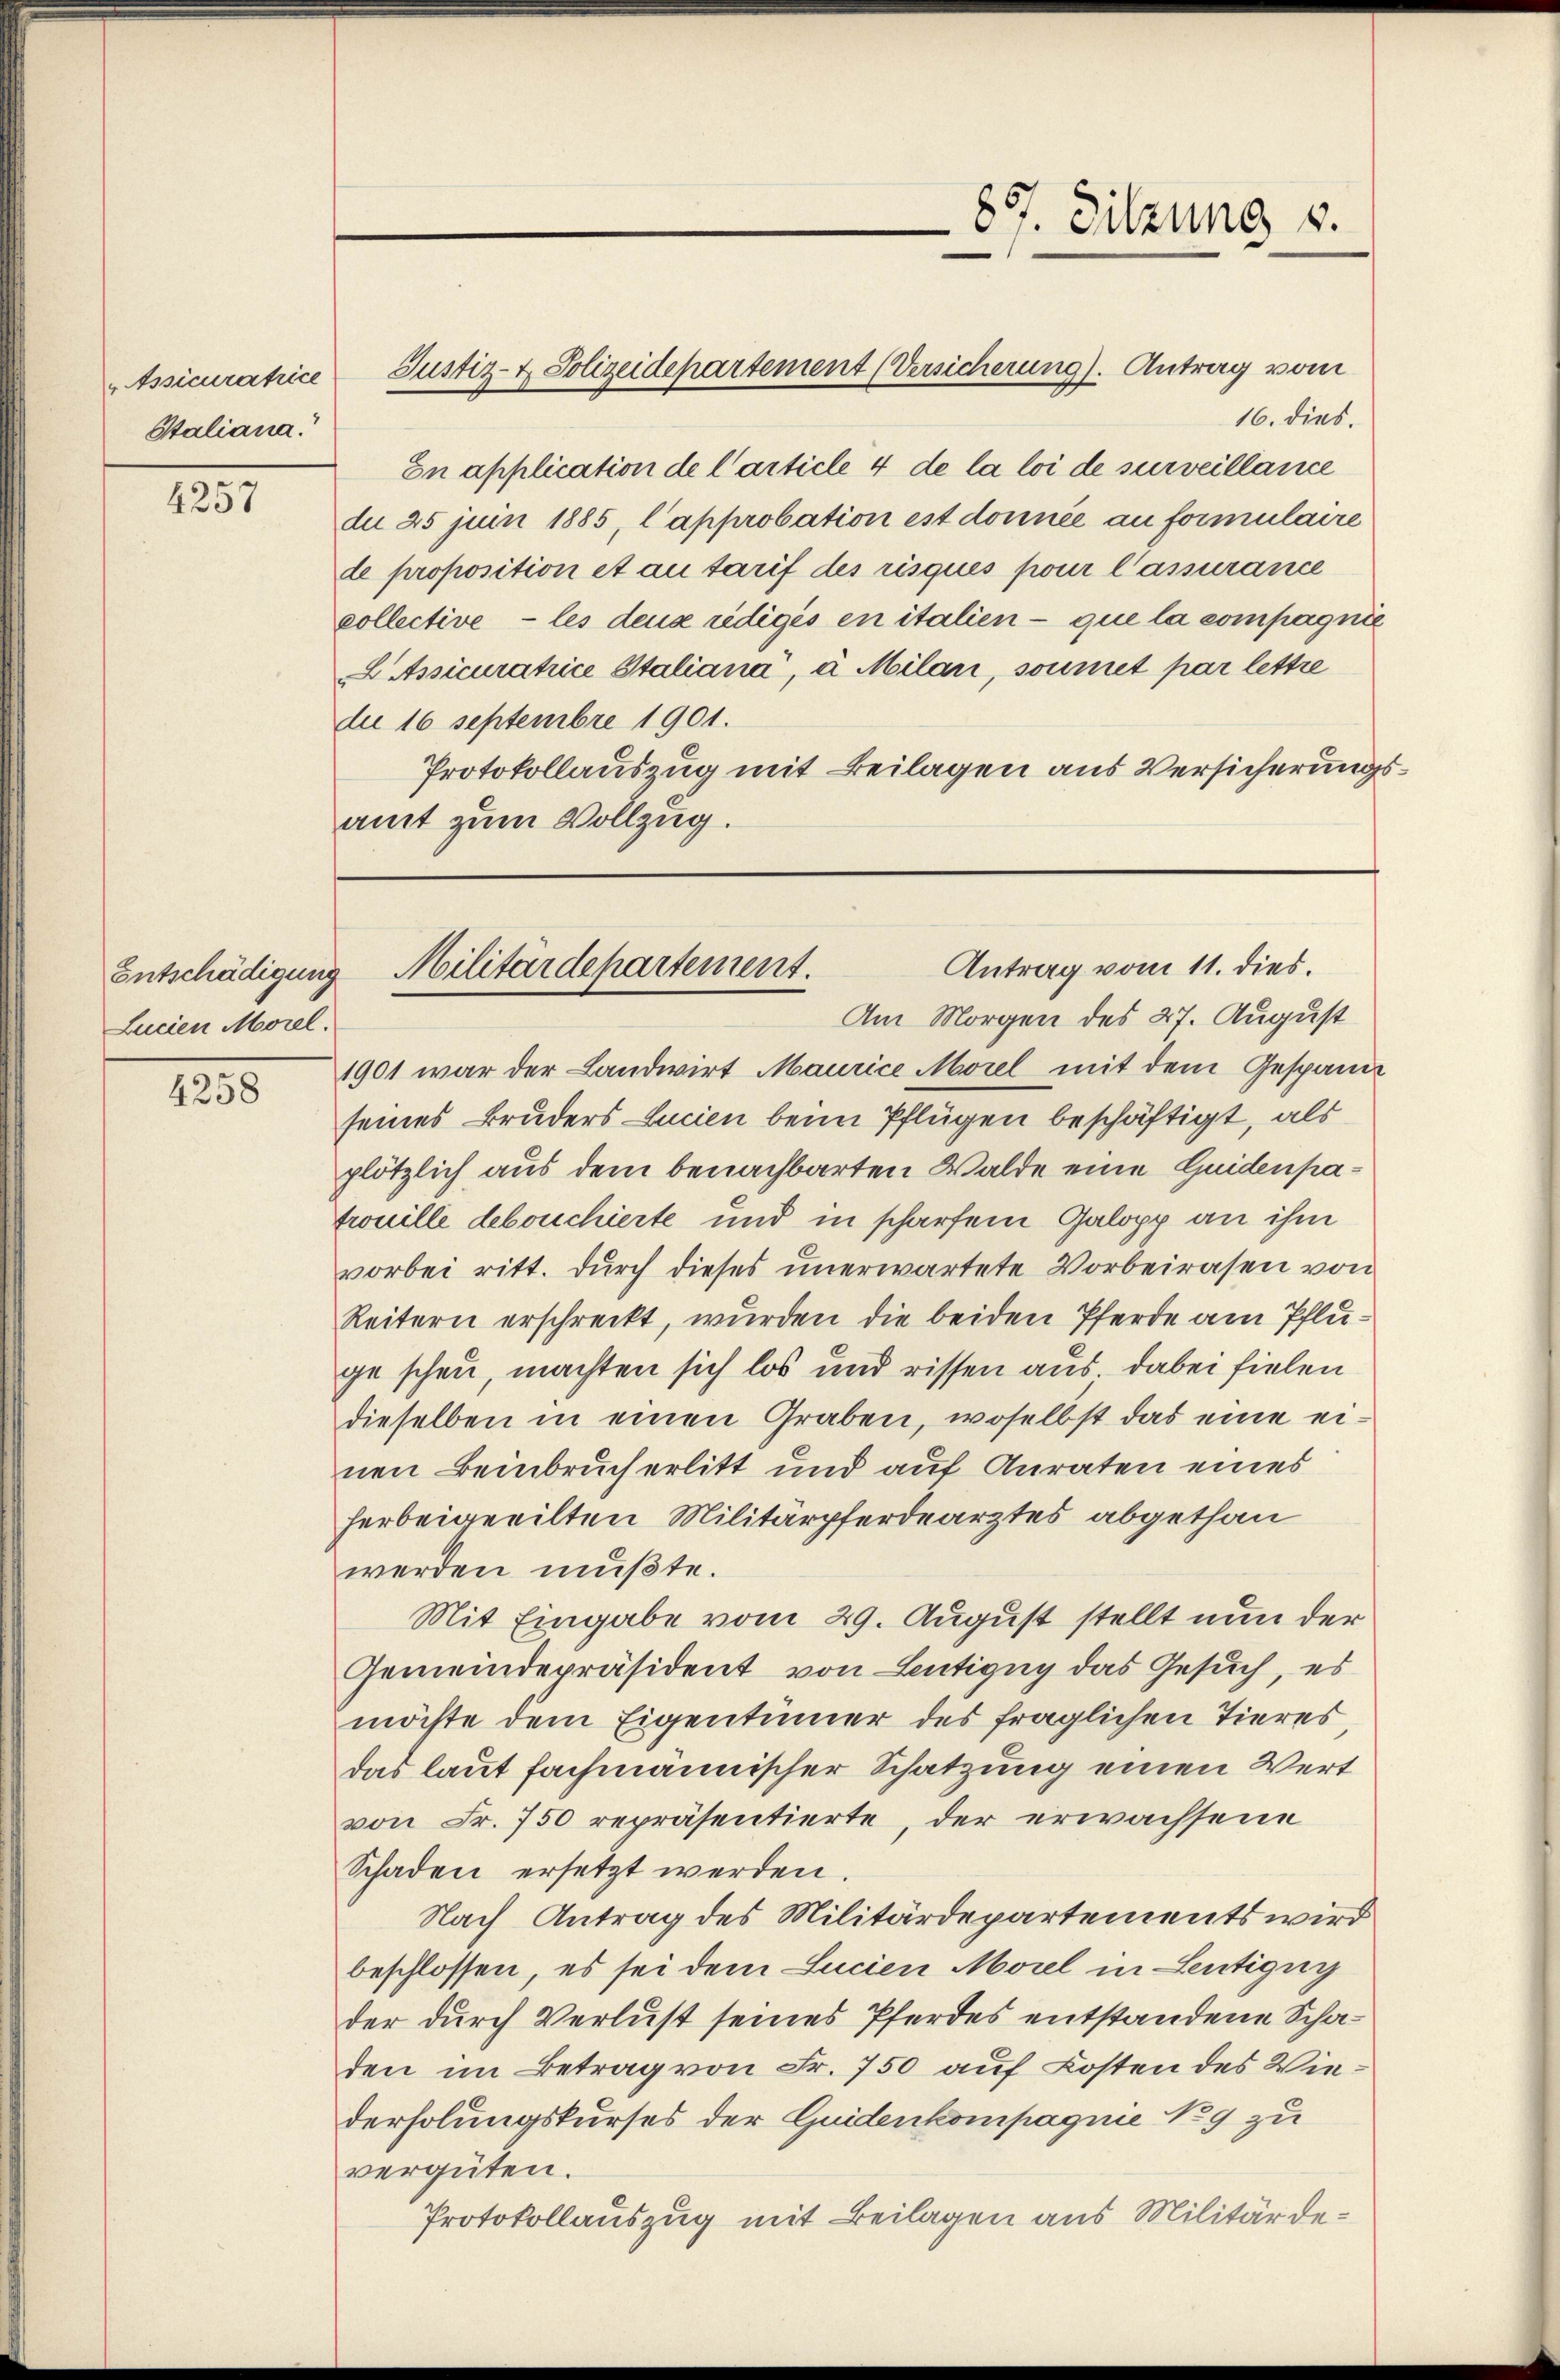
Assicuratrice
Staliana.

4257

Entschädigung
Lucien Morel.

4258

En application de l’article 4 de la loi de surveillance
du 25 juin 1885, l’approbation est donnée au formulaire
de proposition et au tarif des risques pour l’assurance
collective - les deus rédigés en italien que la compagnie
tssicuratrice Italiana, à Milan, soumet par lettre

16. dies.
die 16 Septembre 1901.
Protokollauszug mit Beilagen aus Versicherungsamt zum Vollzug.

Justiz- & Polizeidepartement (Versicherung). Antrag vom

837. Sitzung v.

Antrag vom 11. dies.
Militärdepartement.
Am Morgen des 27. August

1901 war der Landwirt Maurice Morel mit dem Gespann
seines Bruders Lucien beim Pflügen beschäftigt, als
plötzlich aus dem benachbarten Walde eine Guidenpatrouille debouchierte und in scharfem Galopp an ihm
vorbei ritt. Durch dieses unerwartete Vorbeirasen von
Reitern erschreckt, wurden die beiden Pferde am Pfluge schen, machten sich los und rissen aus dabei fielen
dieselben in einen Graben, woselbst das eine einen Beinbruch erlitt und auf Anraten eines
herbeigeeilten Militärpferdearztes abgethan
werden müßte.
Mit Eingabe vom 29. August stellt nun der
Gemeindepräsident von Lentigny das Gesuch, es
möchte dem Eigentümer des fraglichen Tieres
das laut fachmännischer Schatzung einen Wert
von Fr. 750 repräsentierte, der erwachsene
Schaden ersetzt werden
Nach Antrag des Militärdepartements wird
beschlossen, es sei dem Lucien Morel in Leutigun
der durch Verlust seines Pferdes entstandene Schaden im Betrag von Fr. 750 auf Kosten des Wiederholungskurses der Quidenkompagnie No 9 zu
vergüten.
Protokollauszug mit Beilagen aus Militärde¬